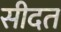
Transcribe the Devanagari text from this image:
सीदत